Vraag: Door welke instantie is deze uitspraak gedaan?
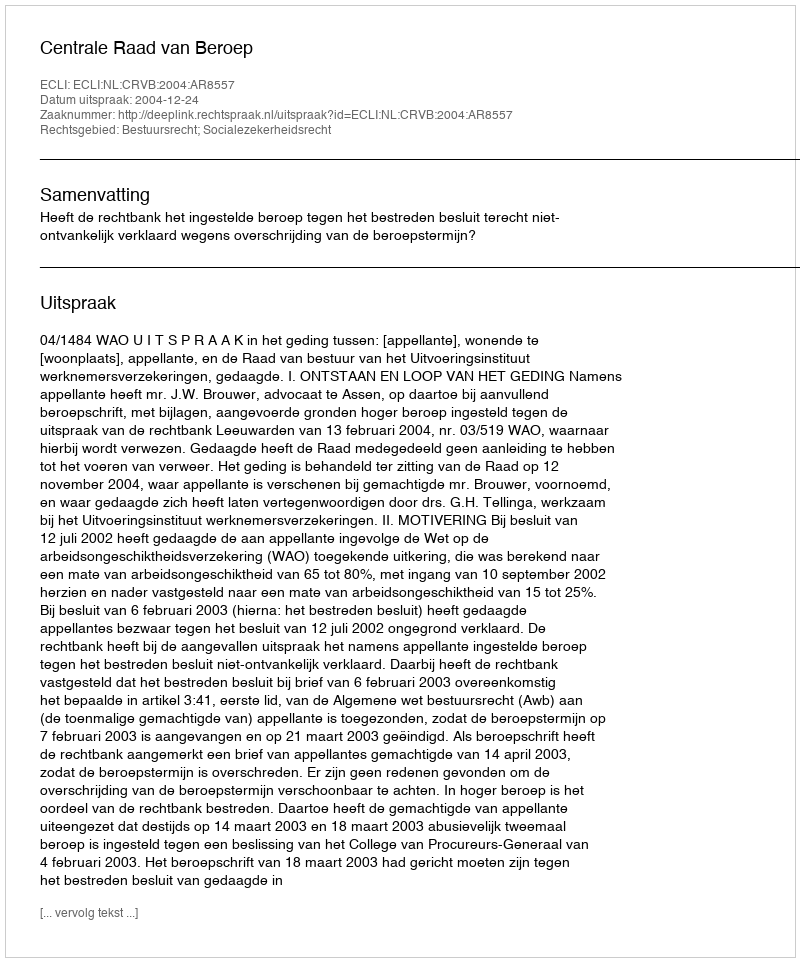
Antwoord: Centrale Raad van Beroep